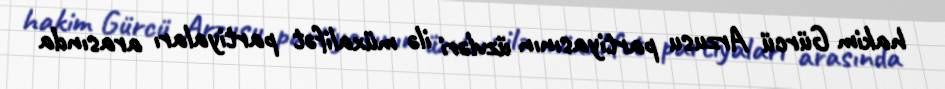
hakim Gürcü Arzusu partiyasının üzvləri ilə müxalifət partiyaları arasında